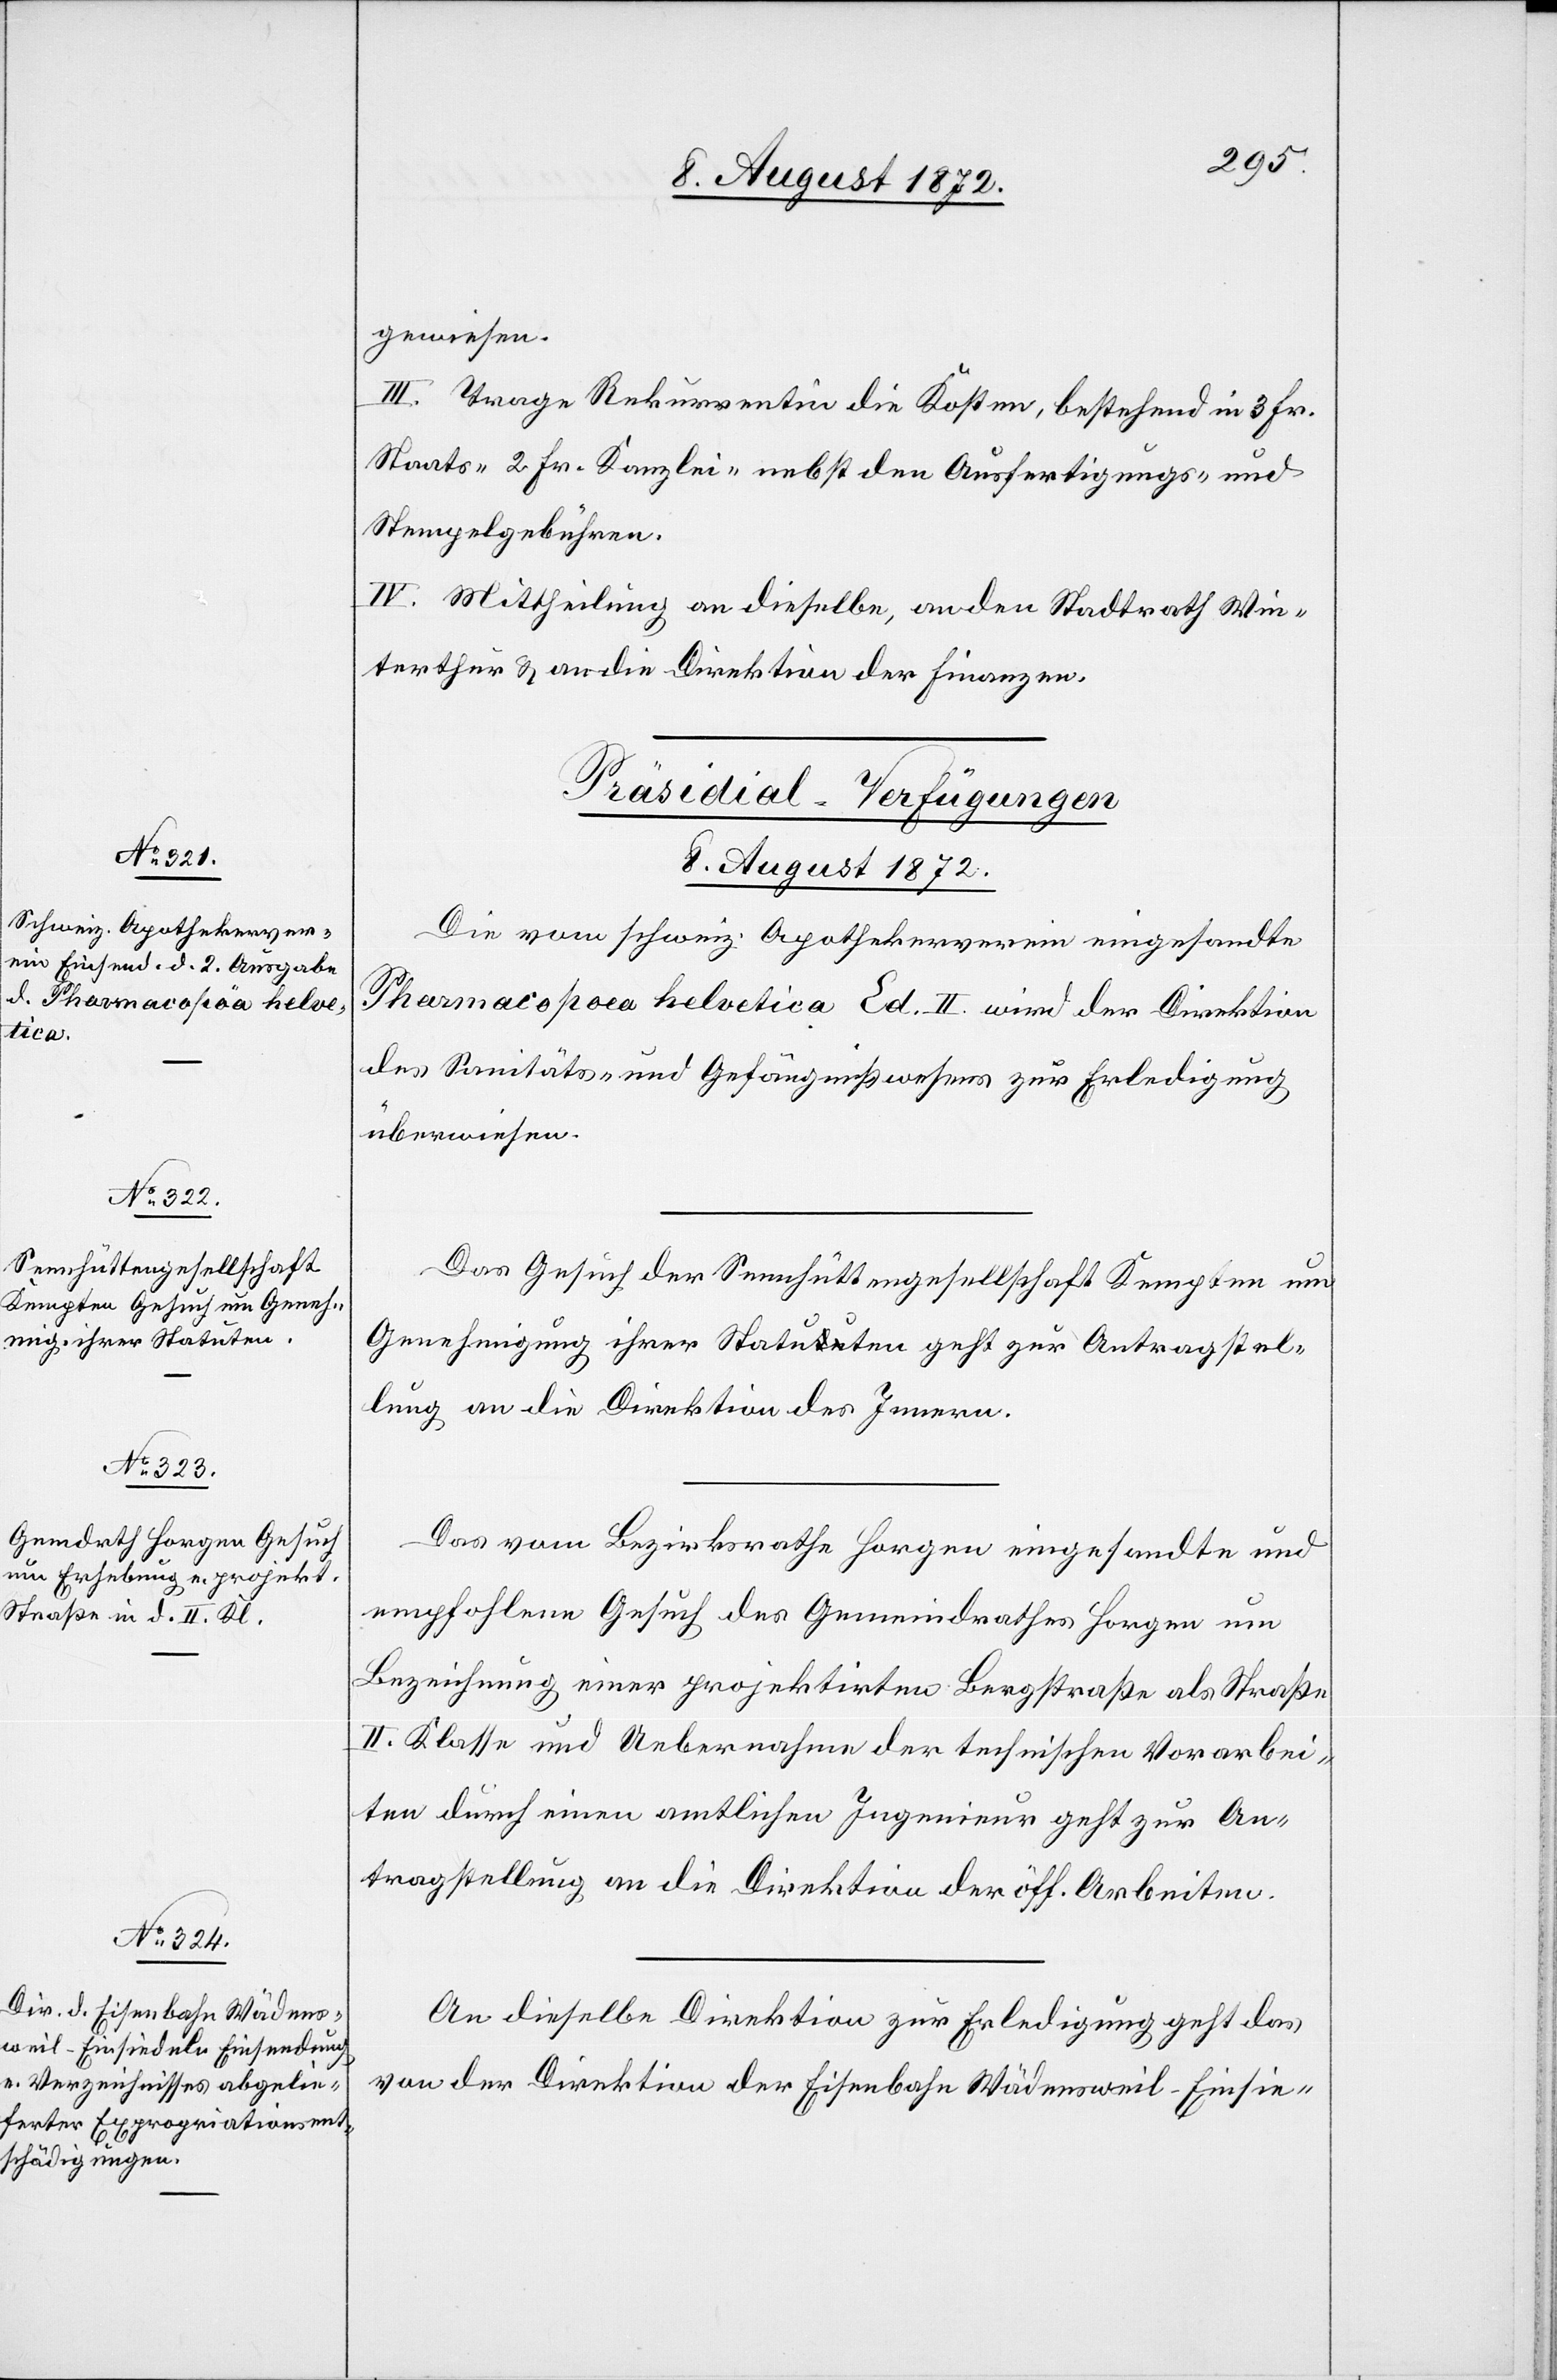
gewiesen.
III. Trage Rekurrentin die Kosten, bestehend in 3 Fr.
Staats-[,] 2 Fr. Kanzlei- nebst den Ausfertigungs- und
Stempelgebühren.
IV. Mittheilung an dieselbe, an den Stadtrath Win¬
terthur u. an die Direktion der Finanzen.
[Präsidial-Verfügungen
8. August 1872.]
Die vom schweiz. Apothekerverein eingesandte
Pharmacopoea Helvetica Ed. II wird der Direktion
des Sanitäts- u. Gefängnißwesens zur Erledigung
überwiesen.
Das Gesuch der Sennhüttengesellschaft Kempten um
Genehmigung ihrer Statuten geht zur Antragstel¬
lung an die Direktion des Innern.
Das vom Bezirksrathe Horgen eingesandte und
empfohlene Gesuch des Gemeindrathes Horgen um
Bezeichnung einer projektirten Bergstraße als Straße
II. Klasse und Uebernahme der technischen Vorarbei¬
ten durch einen amtlichen Ingenieur geht zur An¬
tragstellung an die Direktion der öff. Arbeiten.
An dieselbe Direktion zur Erledigung geht das
von der Direktion der Eisenbahn Wädensweil–Einsie-